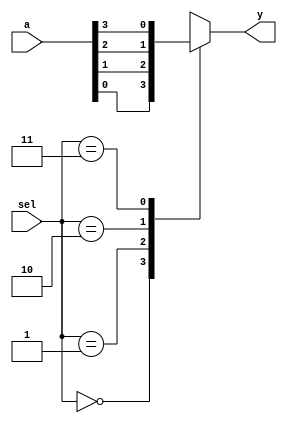
module mux4_1(a,
              sel,
              y);

// Step 1 : Define the port directions with proper datatypes and ranges. 
     
  input [3:0] a;	
  input [1:0] sel;
  output reg y;


// Step 2 : Write the MUX behaviour as a parallel logic using case statement in behaviour modelling.


  always@(*)	
  begin
    case(sel)
      2'd0:y=a[0];
      2'd1:y=a[1];
      2'd2:y=a[2];
      2'd3:y=a[3];
    endcase
  end

endmodule